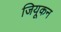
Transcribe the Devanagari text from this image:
जियूकन